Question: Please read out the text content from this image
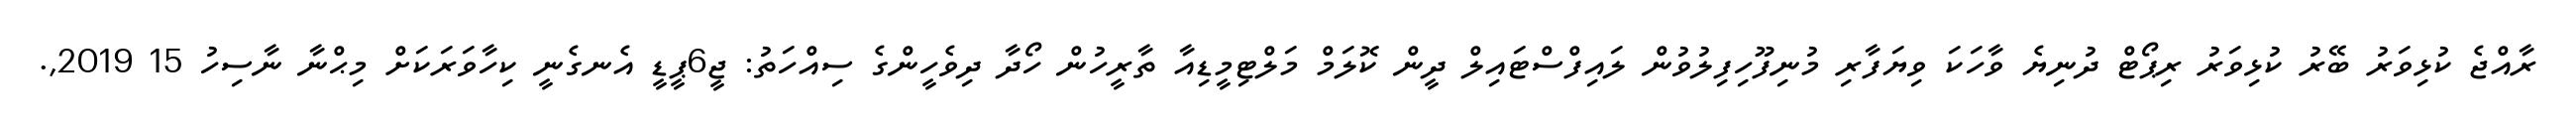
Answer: ރާއްޖެ ކުޅިވަރު ބޭރު ކުޅިވަރު ރިޕޯޓް ދުނިޔެ ވާހަކަ ވިޔަފާރި މުނިފޫހިފިލުވުން ލައިފްސްޓައިލް ދީން ކޮލަމް މަލްޓިމީޑިއާ ތާރީހުން ހޯދާ ދިވެހީންގެ ސިއްހަތު: ޖީ6ޕީޑީ އެނގެނީ ކިހާވަރަކަށް މިޙްނާ ނާސިހު 15 2019,.